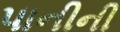
પાનીની